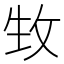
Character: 𤯛